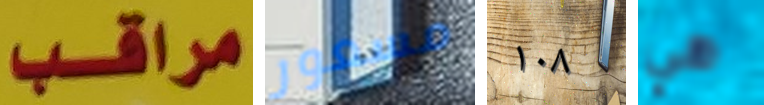
مراقب مسعور ١٠٨ هي